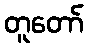
တူတော်